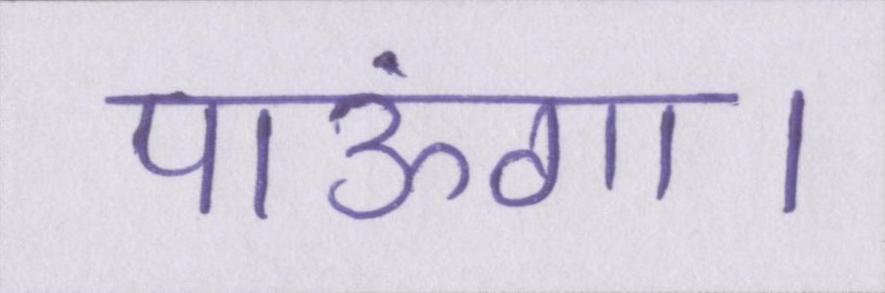
पाऊंगा।